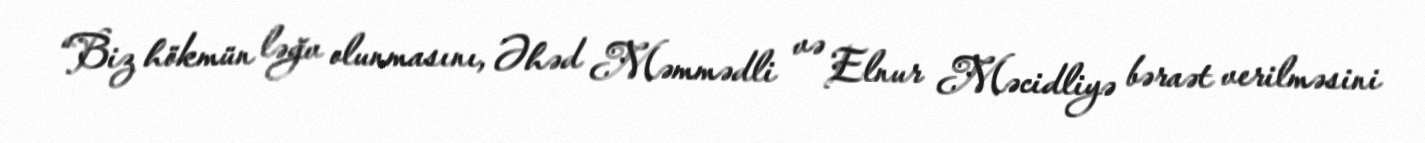
“Biz hökmün ləğv olunmasını, Əhəd Məmmədli və Elnur Məcidliyə bəraət verilməsini